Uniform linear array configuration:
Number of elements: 64
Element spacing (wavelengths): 1
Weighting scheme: kaiser
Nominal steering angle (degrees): -15
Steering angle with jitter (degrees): -16.73
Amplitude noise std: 0.05
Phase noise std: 0.05

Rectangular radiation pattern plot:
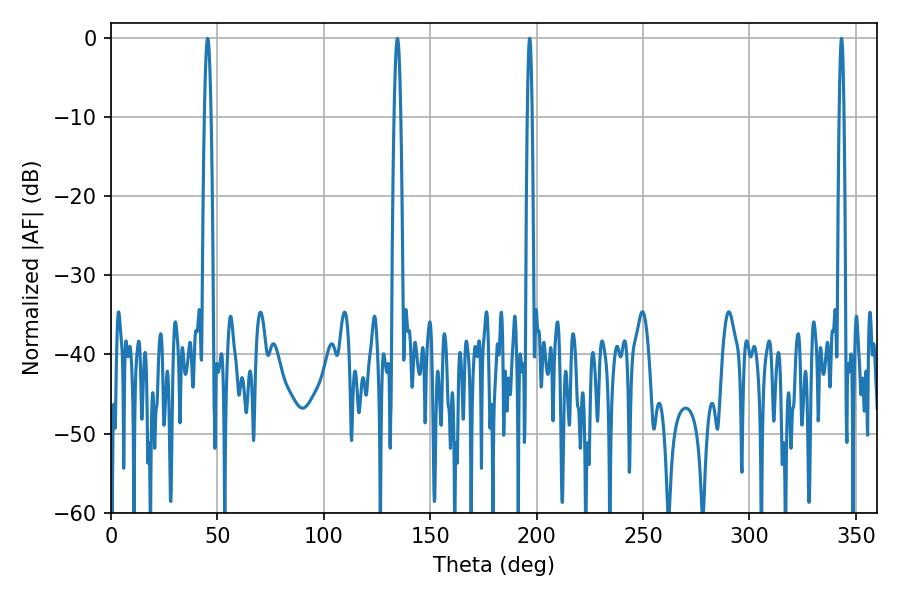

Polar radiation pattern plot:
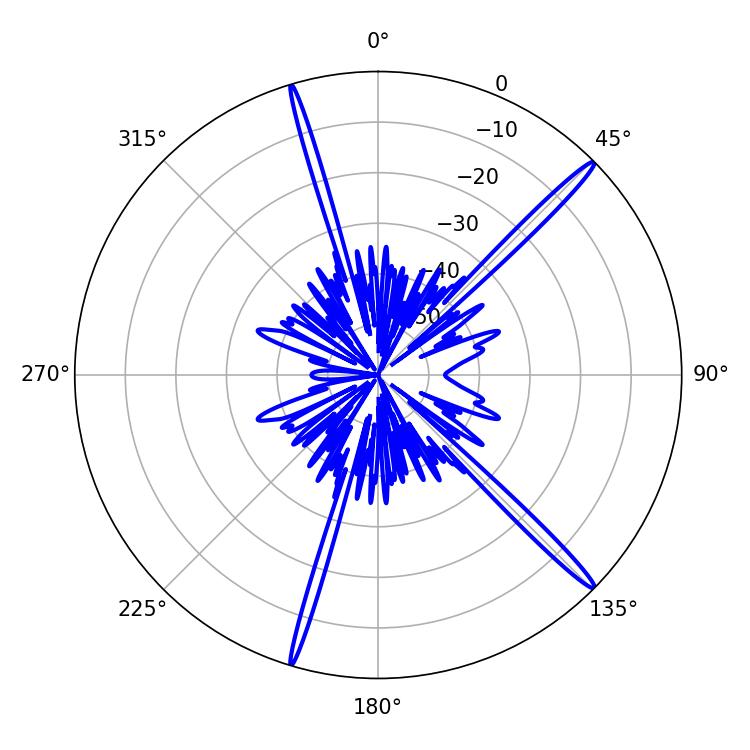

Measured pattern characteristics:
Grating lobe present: TRUE
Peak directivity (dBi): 17.77
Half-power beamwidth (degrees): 1.08
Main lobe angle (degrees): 196.74